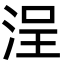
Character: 浧